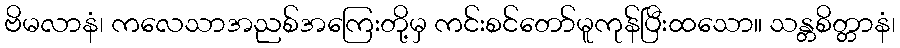
ဗိမလာနံ၊ ကလေသာအညစ်အကြေးတို့မှ ကင်းစင်တော်မူကုန်ပြီးထသော။ သန္တစိတ္တာနံ၊